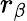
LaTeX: r_{\beta}